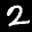
Label: 2